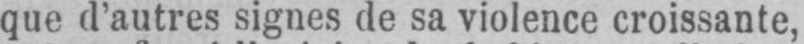
que d’autres signes de sa violence croissante,